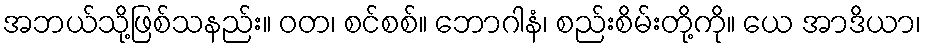
အဘယ်သို့ဖြစ်သနည်း။ ဝတ၊ စင်စစ်။ ဘောဂါနံ၊ စည်းစိမ်းတို့ကို။ ယေ အာဒိယာ၊